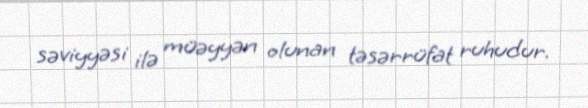
səviyyəsi ilə müəyyən olunan təsərrüfat ruhudur.